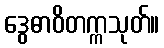
ဒွေဓာဝိတက္ကသုတ်။